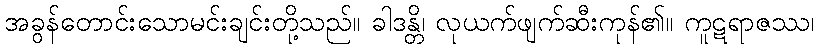
အခွန်တောင်းသောမင်းချင်းတို့သည်။ ခါဒန္တိ၊ လုယက်ဖျက်ဆီးကုန်၏။ ကူဋရာဇဿ၊